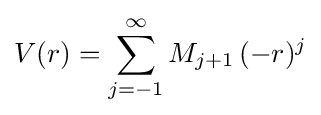
V(r)=\sum _{j=-1}^{\infty }M_{j+1}\,(-r)^{j}